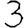
Digit: 3